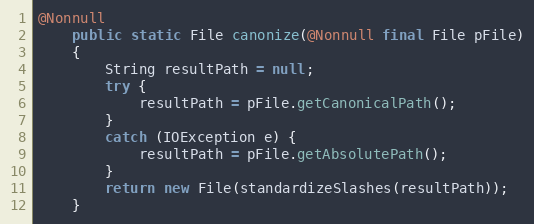
Language: Java
@Nonnull
    public static File canonize(@Nonnull final File pFile)
    {
        String resultPath = null;
        try {
            resultPath = pFile.getCanonicalPath();
        }
        catch (IOException e) {
            resultPath = pFile.getAbsolutePath();
        }
        return new File(standardizeSlashes(resultPath));
    }